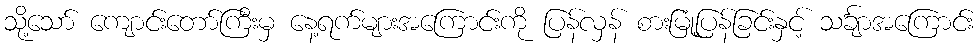
သို့သော် ကျောင်းတော်ကြီးမှ နေ့ရက်များအကြောင်းကို ပြန်လှန် စားမြုံ့ပြန်ခြင်းနှင့် သင်္ချာအကြောင်း